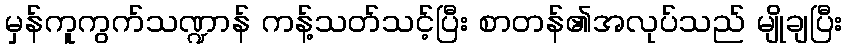
မှန်ကူကွက်သဏ္ဍာန် ကန့်သတ်သင့်ပြီး စာတန်၏အလုပ်သည် မျိုချပြီး